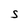
Character: S